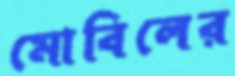
মোবিলের